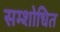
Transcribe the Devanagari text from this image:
सम्शोधित